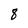
Character: 8